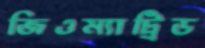
জিওম্যাট্রিড